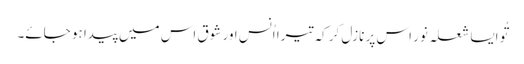
تُو ایسا شعلہ نور اس پر نازل کر کہ تیرا اُنس اور شوق اس میں پیدا ہو جائے۔